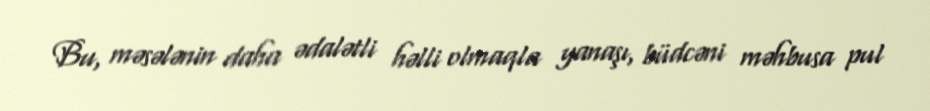
Bu, məsələnin daha ədalətli həlli olmaqla yanaşı, büdcəni məhbusa pul